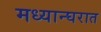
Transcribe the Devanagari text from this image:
मध्यान्घरात